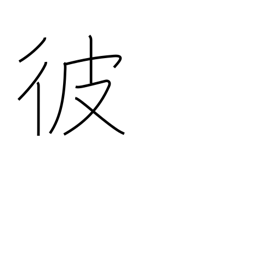
Meaning: the